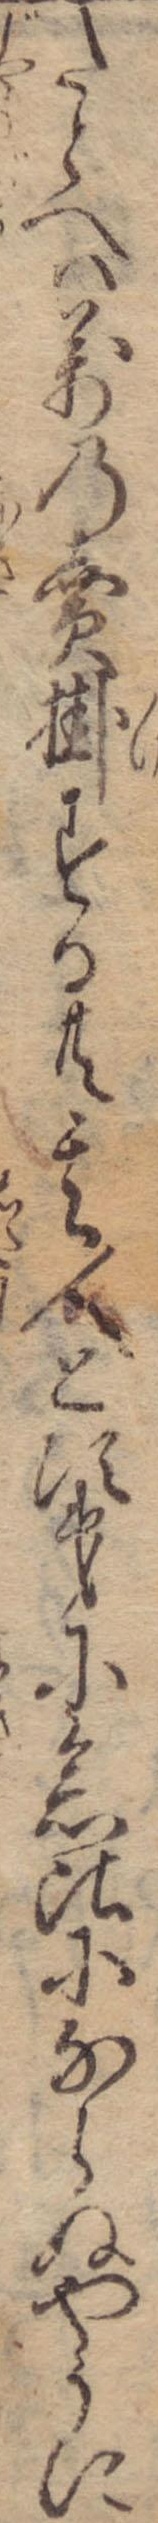
たとへは万の売掛する共其人と次第に念比にならぬやうに